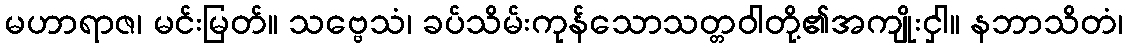
မဟာရာဇ၊ မင်းမြတ်။ သဗ္ဗေသံ၊ ခပ်သိမ်းကုန်သောသတ္တဝါတို့၏အကျိုးငှါ။ နဘာသိတံ၊